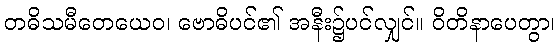
တဓိသမီတေယေဝ၊ ဗောဓိပင်၏ အနီး၌ပင်လျှင်။ ဝိတိနာပေတွာ၊